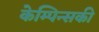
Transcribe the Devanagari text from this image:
केम्पिन्सकी